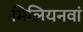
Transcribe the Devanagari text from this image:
मिलियनवां